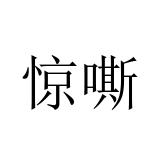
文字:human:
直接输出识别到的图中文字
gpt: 惊嘶